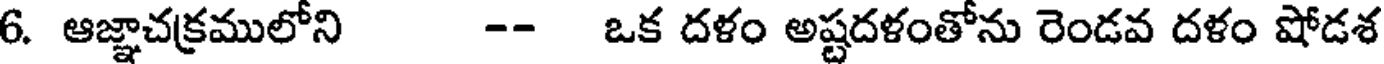
6. ఆజ్ఞాచక్రములోని -- ఒక దళం అష్టదళంతోను రెండవ దళం షోడశ